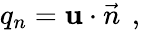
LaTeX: {q_{n}={\mathbf u}\cdot\vec{n}\, \mathrm{~,~}}